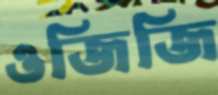
ওজিজি